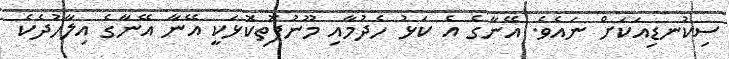
ސިކުނޑިއަކަށް ނައެވެ. އޭނާގެ އެ ކަޅު ހެދުމާއި މޫނުފޮތިކޮޅަކީ އޭނާ އޭނާގެ އިލާހުދެކެ